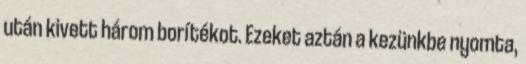
után kivett három borítékot. Ezeket aztán a kezünkbe nyomta,